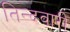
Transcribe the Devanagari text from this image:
तिन्‍दवारी